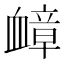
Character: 𫋬